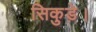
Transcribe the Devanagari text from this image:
सिकुड़े।